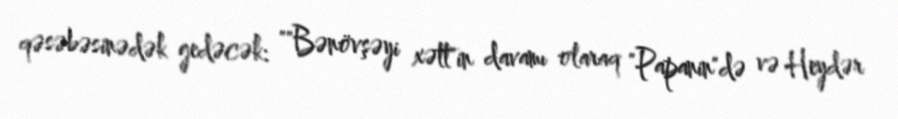
qəsəbəsinədək gedəcək: ""Bənövşəyi xətt"in davamı olaraq "Papanin"də və Heydər